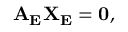
\mathbf { A _ { E } X _ { E } } = \mathbf { 0 } ,